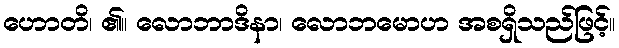
ဟောတိ၊ ၏။ လောဘာဒိနာ၊ လောဘမောဟ အစရှိသည်ဖြင့်။